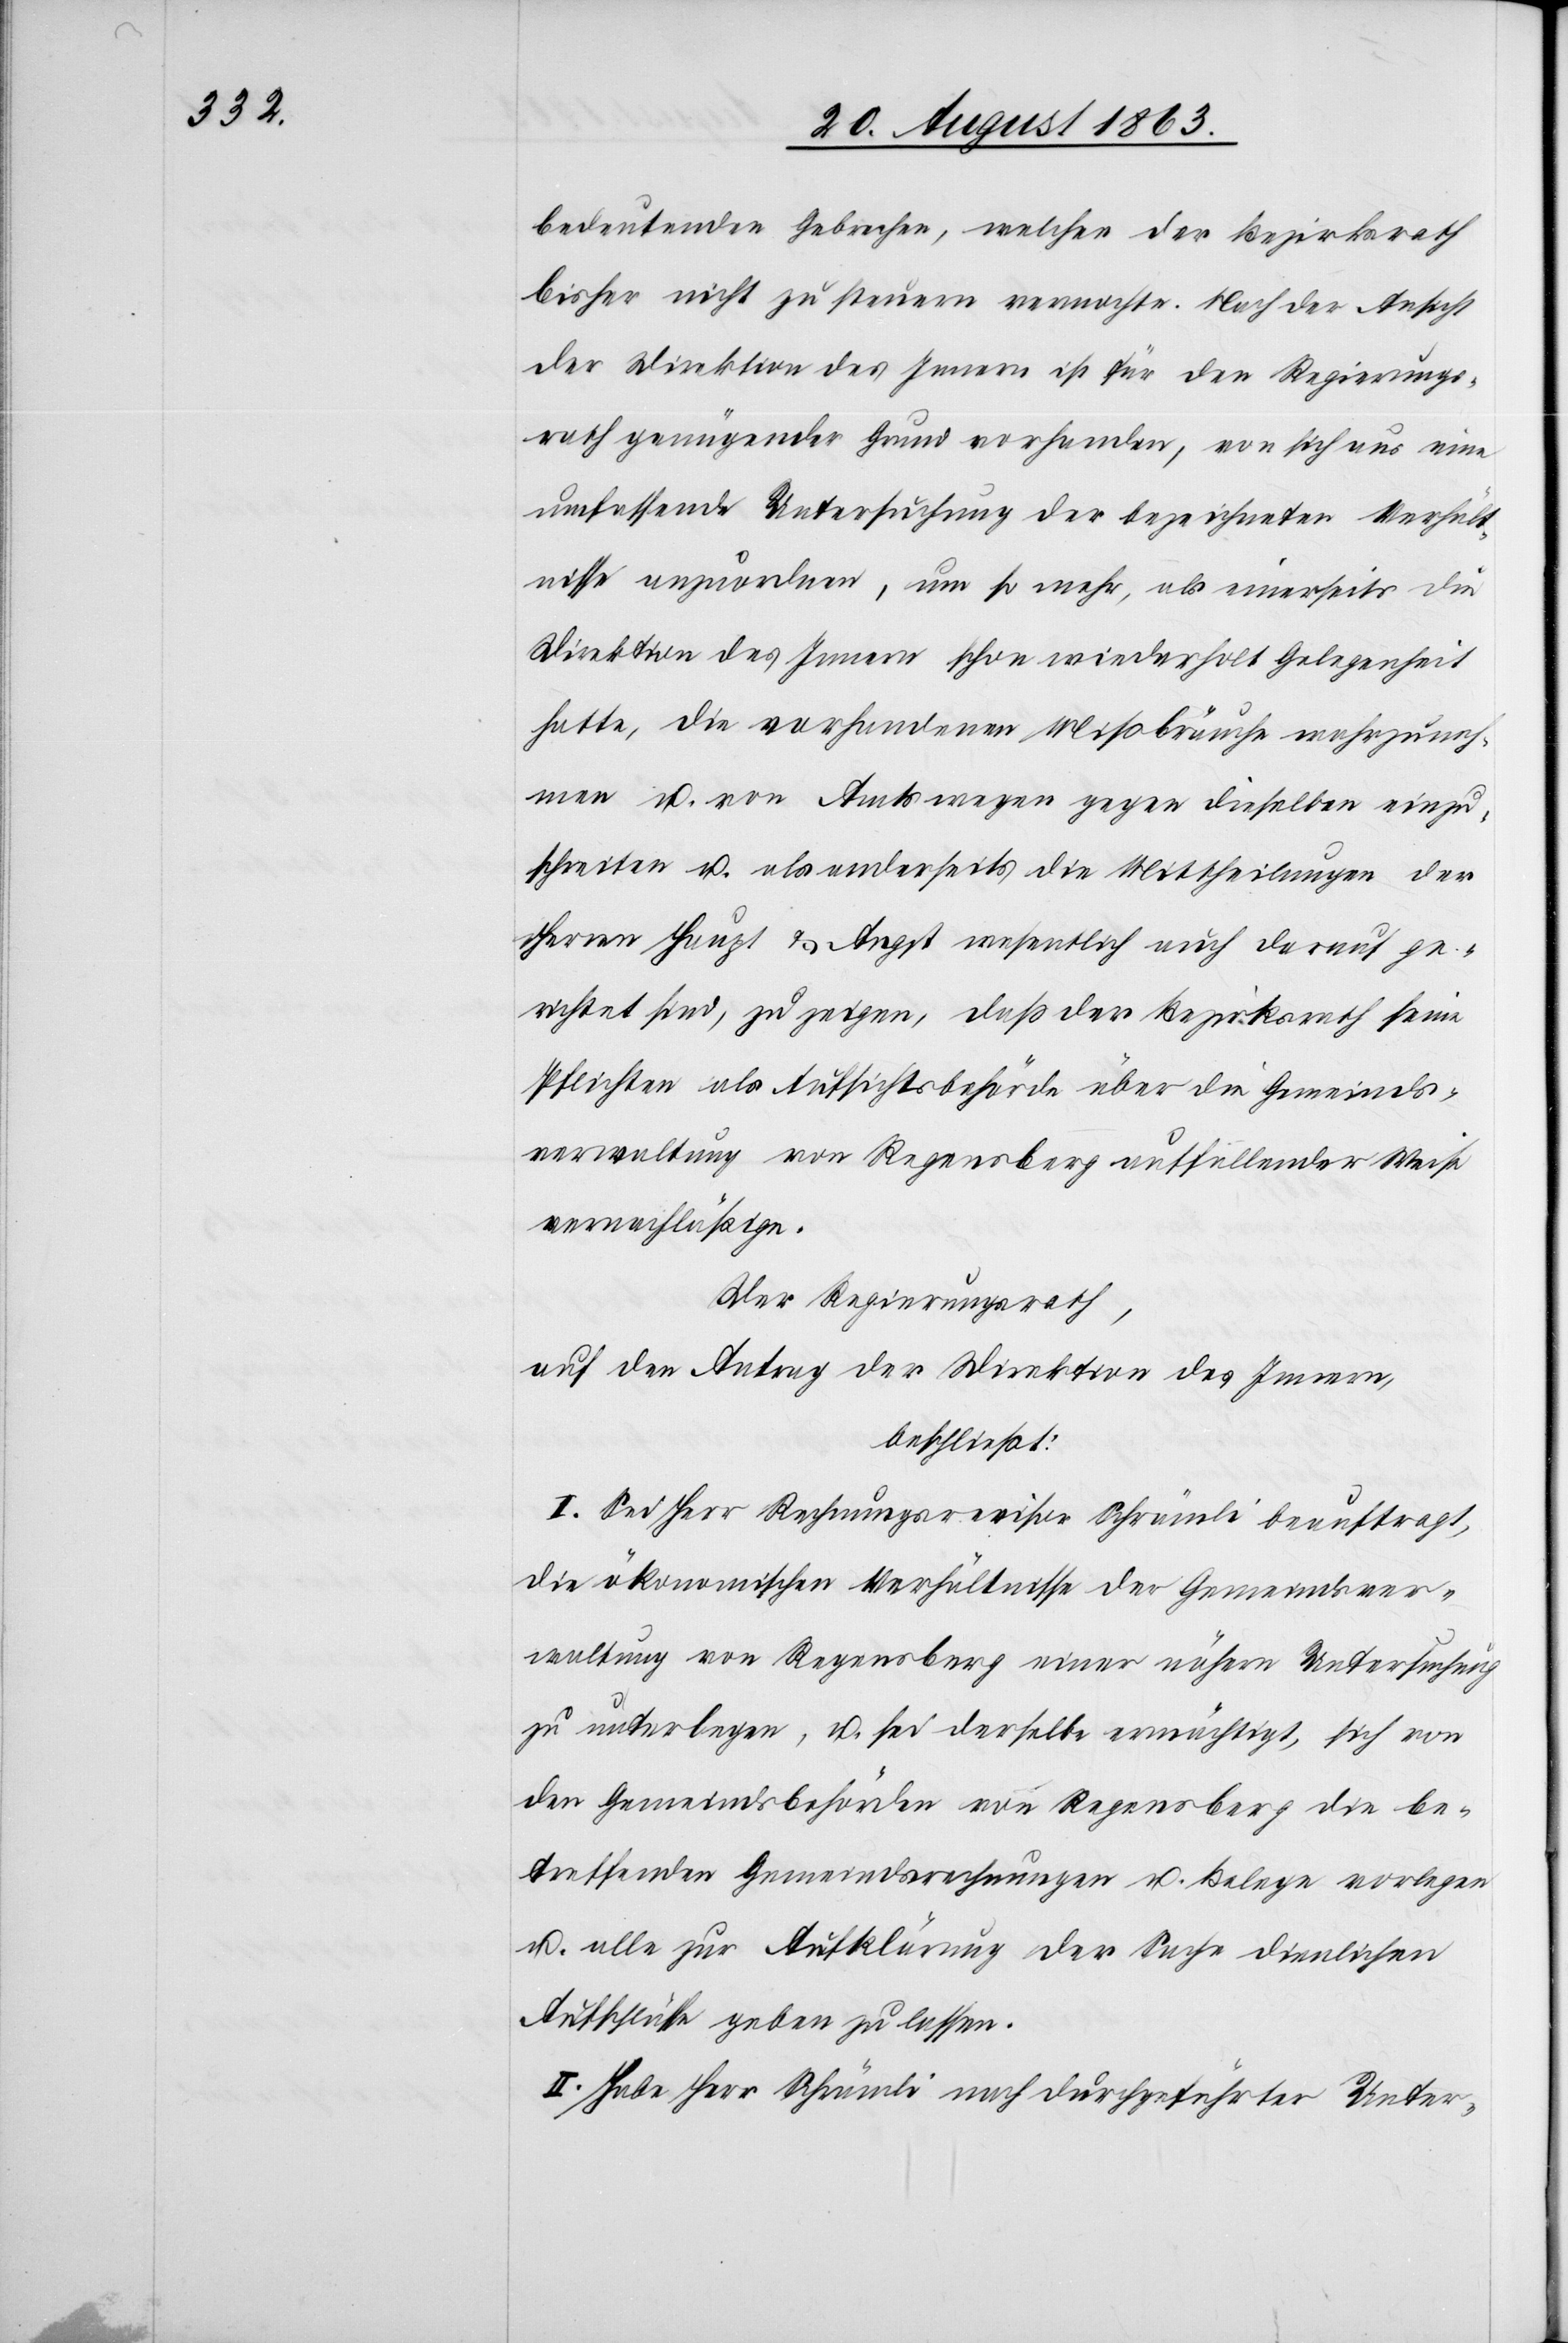
bedeutenden Gebrechen, welcher der Bezirksrath
bisher nicht zu steuern vermochte. Nach der Ansicht
der Direktion des Innern ist für den Regierungs¬
rath genügender Grund vorhanden, von sich aus eine
umfassende Untersuchung der bezeichneten Verhält¬
nisse anzuordnen, um so mehr, als einerseits die
Direktion des Innern schon wiederholt Gelegenheit
hatte, die vorhandenen Mißbräuche wahrzuneh¬
men u. von Amtswegen gegen dieselben einzu¬
schreiten u. als anderseits die Mittheilung der
Herren Haupt & Angst wesentlich auch darauf ge¬
richtet sind, zu zeigen, daß der Bezirksrath seine
Pflichten als Aufsichtsbehörde über die Gemeinds¬
verwaltung von Regensberg auffallender Weise
vernachläßige.
Der Regierungsrath,
auf den Antrag der Direktion des Innern,
beschließt:
I. Sei Herr Rechnungsrevisor Schrämli beauftragt,
die ökonomischen Verhältnisse der Gemeindsver¬
waltung von Regensberg einer nähern Untersuchung
zu unterlegen, u. sei derselbe ermächtigt, sich von
den Gemeindsbehörden von Regensberg die be¬
treffenden Gemeindsrechnungen u. Belege vorlegen
u. alle zur Aufklärung der Sache dienlichen
Aufschlüsse geben zu lassen.
II. Habe Herr Schrämli nach durchgeführter Unter-